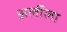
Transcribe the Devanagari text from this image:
अर्लीला